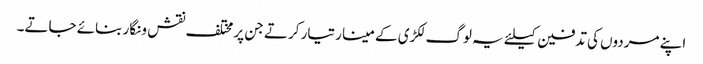
اپنے مردوں کی تدفین کیلئے یہ لوگ لکڑی کے مینار تیار کرتے جن پر مختلف نقش و نگار بنائے جاتے۔